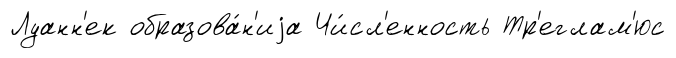
Луанн'ек образова́н'иjа Чи́сл'енность Тр'еглам'юс